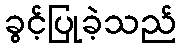
ခွင့်ပြုခဲ့သည်